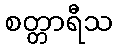
စတ္တာရီသ